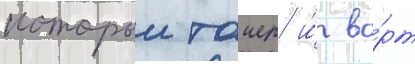
которыи таиер и́ во́рт